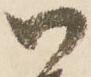
御